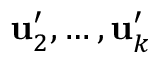
\mathbf { u } _ { 2 } ^ { \prime } , \ldots , \mathbf { u } _ { k } ^ { \prime }